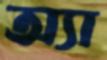
অ্যা